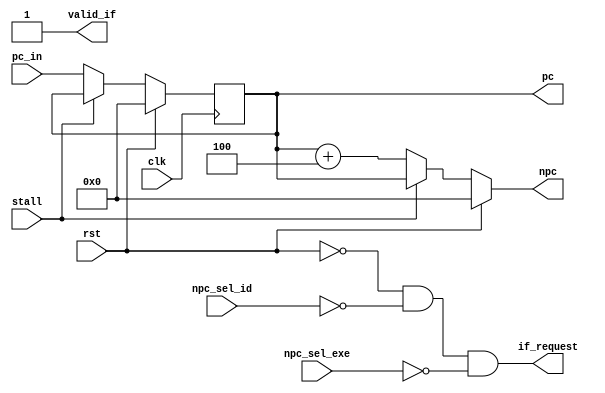
`timescale 1ns/1ps

module PC(
    input clk,
    input rst,
    input stall,
    input [63:0]pc_in,
    input npc_sel_id,
    input npc_sel_exe,
    output valid_if,
    output reg [63:0]pc,
    output wire [63:0]npc,
    output wire if_request

);

    always@(posedge clk) begin    
        if(rst) begin    
            pc <= 0;
        end
        else begin
            if (stall)begin
                pc <= pc;
            end    
            else begin
                pc <= pc_in;
            end    
        end
    end
    assign npc = rst ? 0 : (stall ? pc : (pc + 4));
    assign valid_if = 1;
    assign if_request = ~rst & ~npc_sel_id & ~npc_sel_exe;//requestnext_pcpc
endmodule